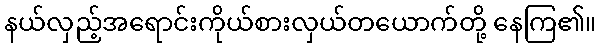
နယ်လှည့်အရောင်းကိုယ်စားလှယ်တယောက်တို့ နေကြ၏။